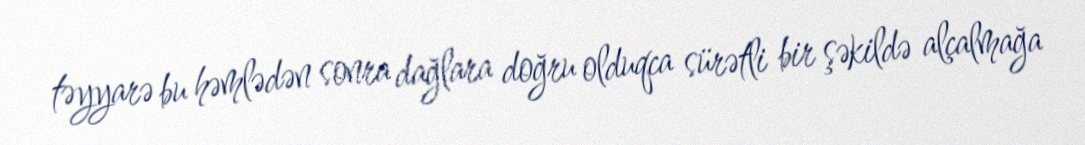
təyyarə bu həmlədən sonra dağlara doğru olduqca sürətli bir şəkildə alçalmağa